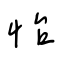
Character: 怡